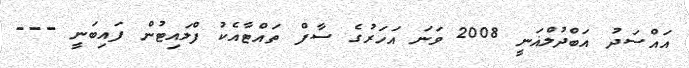
އައްސަދު އަބްދުލްޣަނީ 2008 ވަނަ އަހަރުގެ ސާފް ތައްޓާއެކު ފްލައިޓުން ފައިބަނީ ---